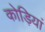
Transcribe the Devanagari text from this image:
कोड़ियां